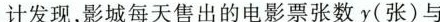
计发现，影城每天售出的电影票张数y(张)与